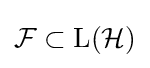
{\mathcal {F}}\subset {\mathrm {L} }({\mathcal {H}})